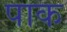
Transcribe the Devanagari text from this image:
पाक